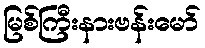
မြစ်ကြီးနားဗန်းမော်